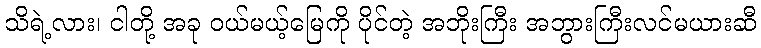
သိရဲ့လား၊ ငါတို့ အခု ဝယ်မယ့်မြေကို ပိုင်တဲ့ အဘိုးကြီး အဘွားကြီးလင်မယားဆီ